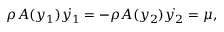
\rho A ( y _ { 1 } ) \dot { y _ { 1 } } = - \rho A ( y _ { 2 } ) \dot { y _ { 2 } } = \mu ,